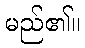
မည်၏။